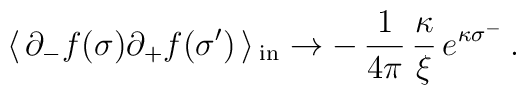
\langle\, \partial_{-}f(\sigma)\partial_{+}f(\sigma')\, \rangle \,_{\rm{in}}\rightarrow-\,\frac{1}{4\pi }\,\frac{\kappa }{\xi}\,e^{\kappa \sigma^{-}} \,.